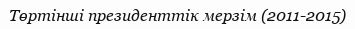
Төртінші президенттік мерзім (2011-2015)